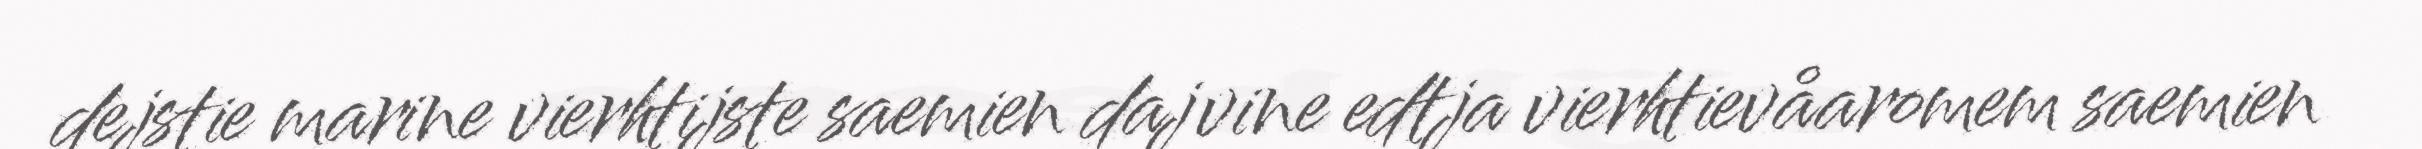
dejstie marine vierhtijste saemien dajvine edtja vierhtievåaromem saemien